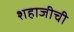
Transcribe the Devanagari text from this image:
शहाजीची